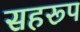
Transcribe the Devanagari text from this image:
सहरूप